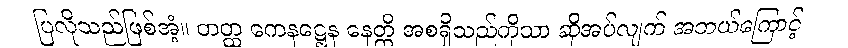
ပြလိုသည်ဖြစ်အံ့။ တတ္ထ ကေနဋ္ဌေန နေတ္တိ အစရှိသည်ကိုသာ ဆိုအပ်လျက် အဘယ်ကြောင့်